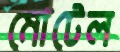
মোটেল